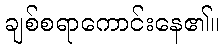
ချစ်စရာကောင်းနေ၏။